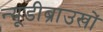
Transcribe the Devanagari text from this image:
न्यूडीब्राउखों